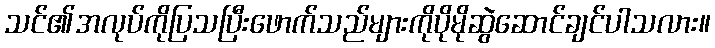
သင်၏အလုပ်ကိုပြသပြီးဖောက်သည်များကိုပိုမိုဆွဲဆောင်ချင်ပါသလား။